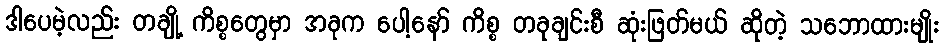
ဒါပေမဲ့လည်း တချို့ ကိစ္စတွေမှာ အခုက ပေါ့နော် ကိစ္စ တခုချင်းစီ ဆုံးဖြတ်မယ် ဆိုတဲ့ သဘောထားမျိုး